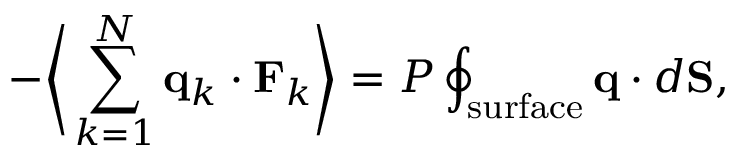
- { \biggl \langle } \sum _ { k = 1 } ^ { N } \mathbf { q } _ { k } \cdot \mathbf { F } _ { k } { \biggr \rangle } = P \oint _ { \mathrm { s u r f a c e } } \mathbf { q } \cdot d \mathbf { S } ,